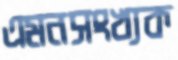
এমনসংখ্যক